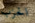
الحزب